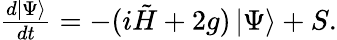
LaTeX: \begin{array}{r}{{\frac{d\left|\Psi\right\rangle}{dt}}=-(i\tilde{H}+2g)\left|\Psi\right\rangle+{S}.}\end{array}